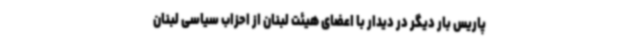
پاریس بار دیگر در دیدار با اعضای هیئت لبنان از احزاب سیاسی لبنان